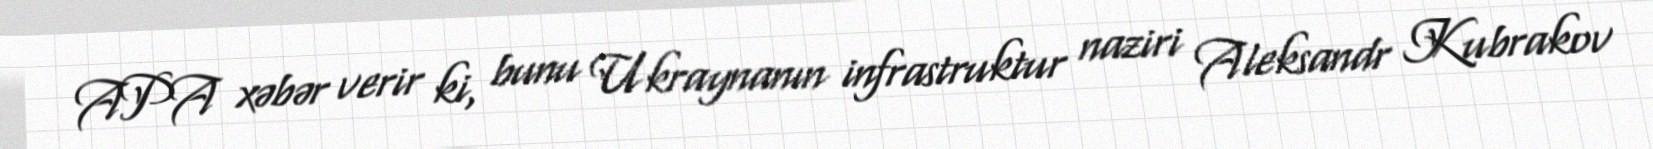
APA xəbər verir ki, bunu Ukraynanın infrastruktur naziri Aleksandr Kubrakov